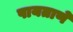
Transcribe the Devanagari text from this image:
पायताणे